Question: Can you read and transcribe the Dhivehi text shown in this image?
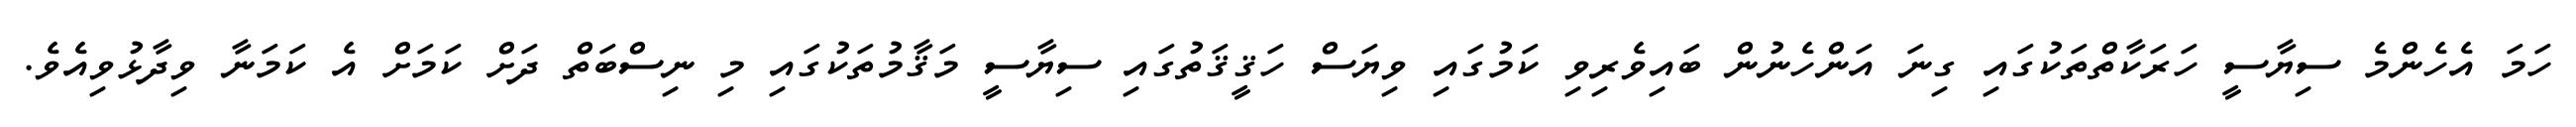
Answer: ހަމަ އެހެންމެ ސިޔާސީ ހަރަކާތްތަކުގައި ގިނަ އަންހެނުން ބައިވެރިވި ކަމުގައި ވިޔަސް ހަޤީޤަތުގައި ސިޔާސީ މަޤާމުތަކުގައި މި ނިސްބަތް ދަށް ކަމަށް އެ ކަމަނާ ވިދާޅުވިއެވެ.